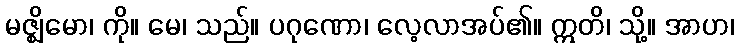
မဇ္ဈိမော၊ ကို။ မေ၊ သည်။ ပဂုဏော၊ လေ့လာအပ်၏။ ဣတိ၊ သို့။ အာဟ၊